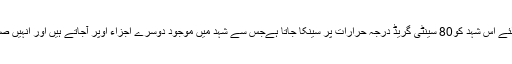
خالص کرنے کے لئے اس شہد کو80 سینٹی گریڈ درجہ حرارات پر سینکا جاتا ہےجس سے شہد میں موجود دوسرے اجزاء اوپر آجاتے ہیں اور انہیں صاف کر لیا جاتا ہے۔